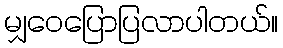
မျှဝေပြောပြလာပါတယ်။